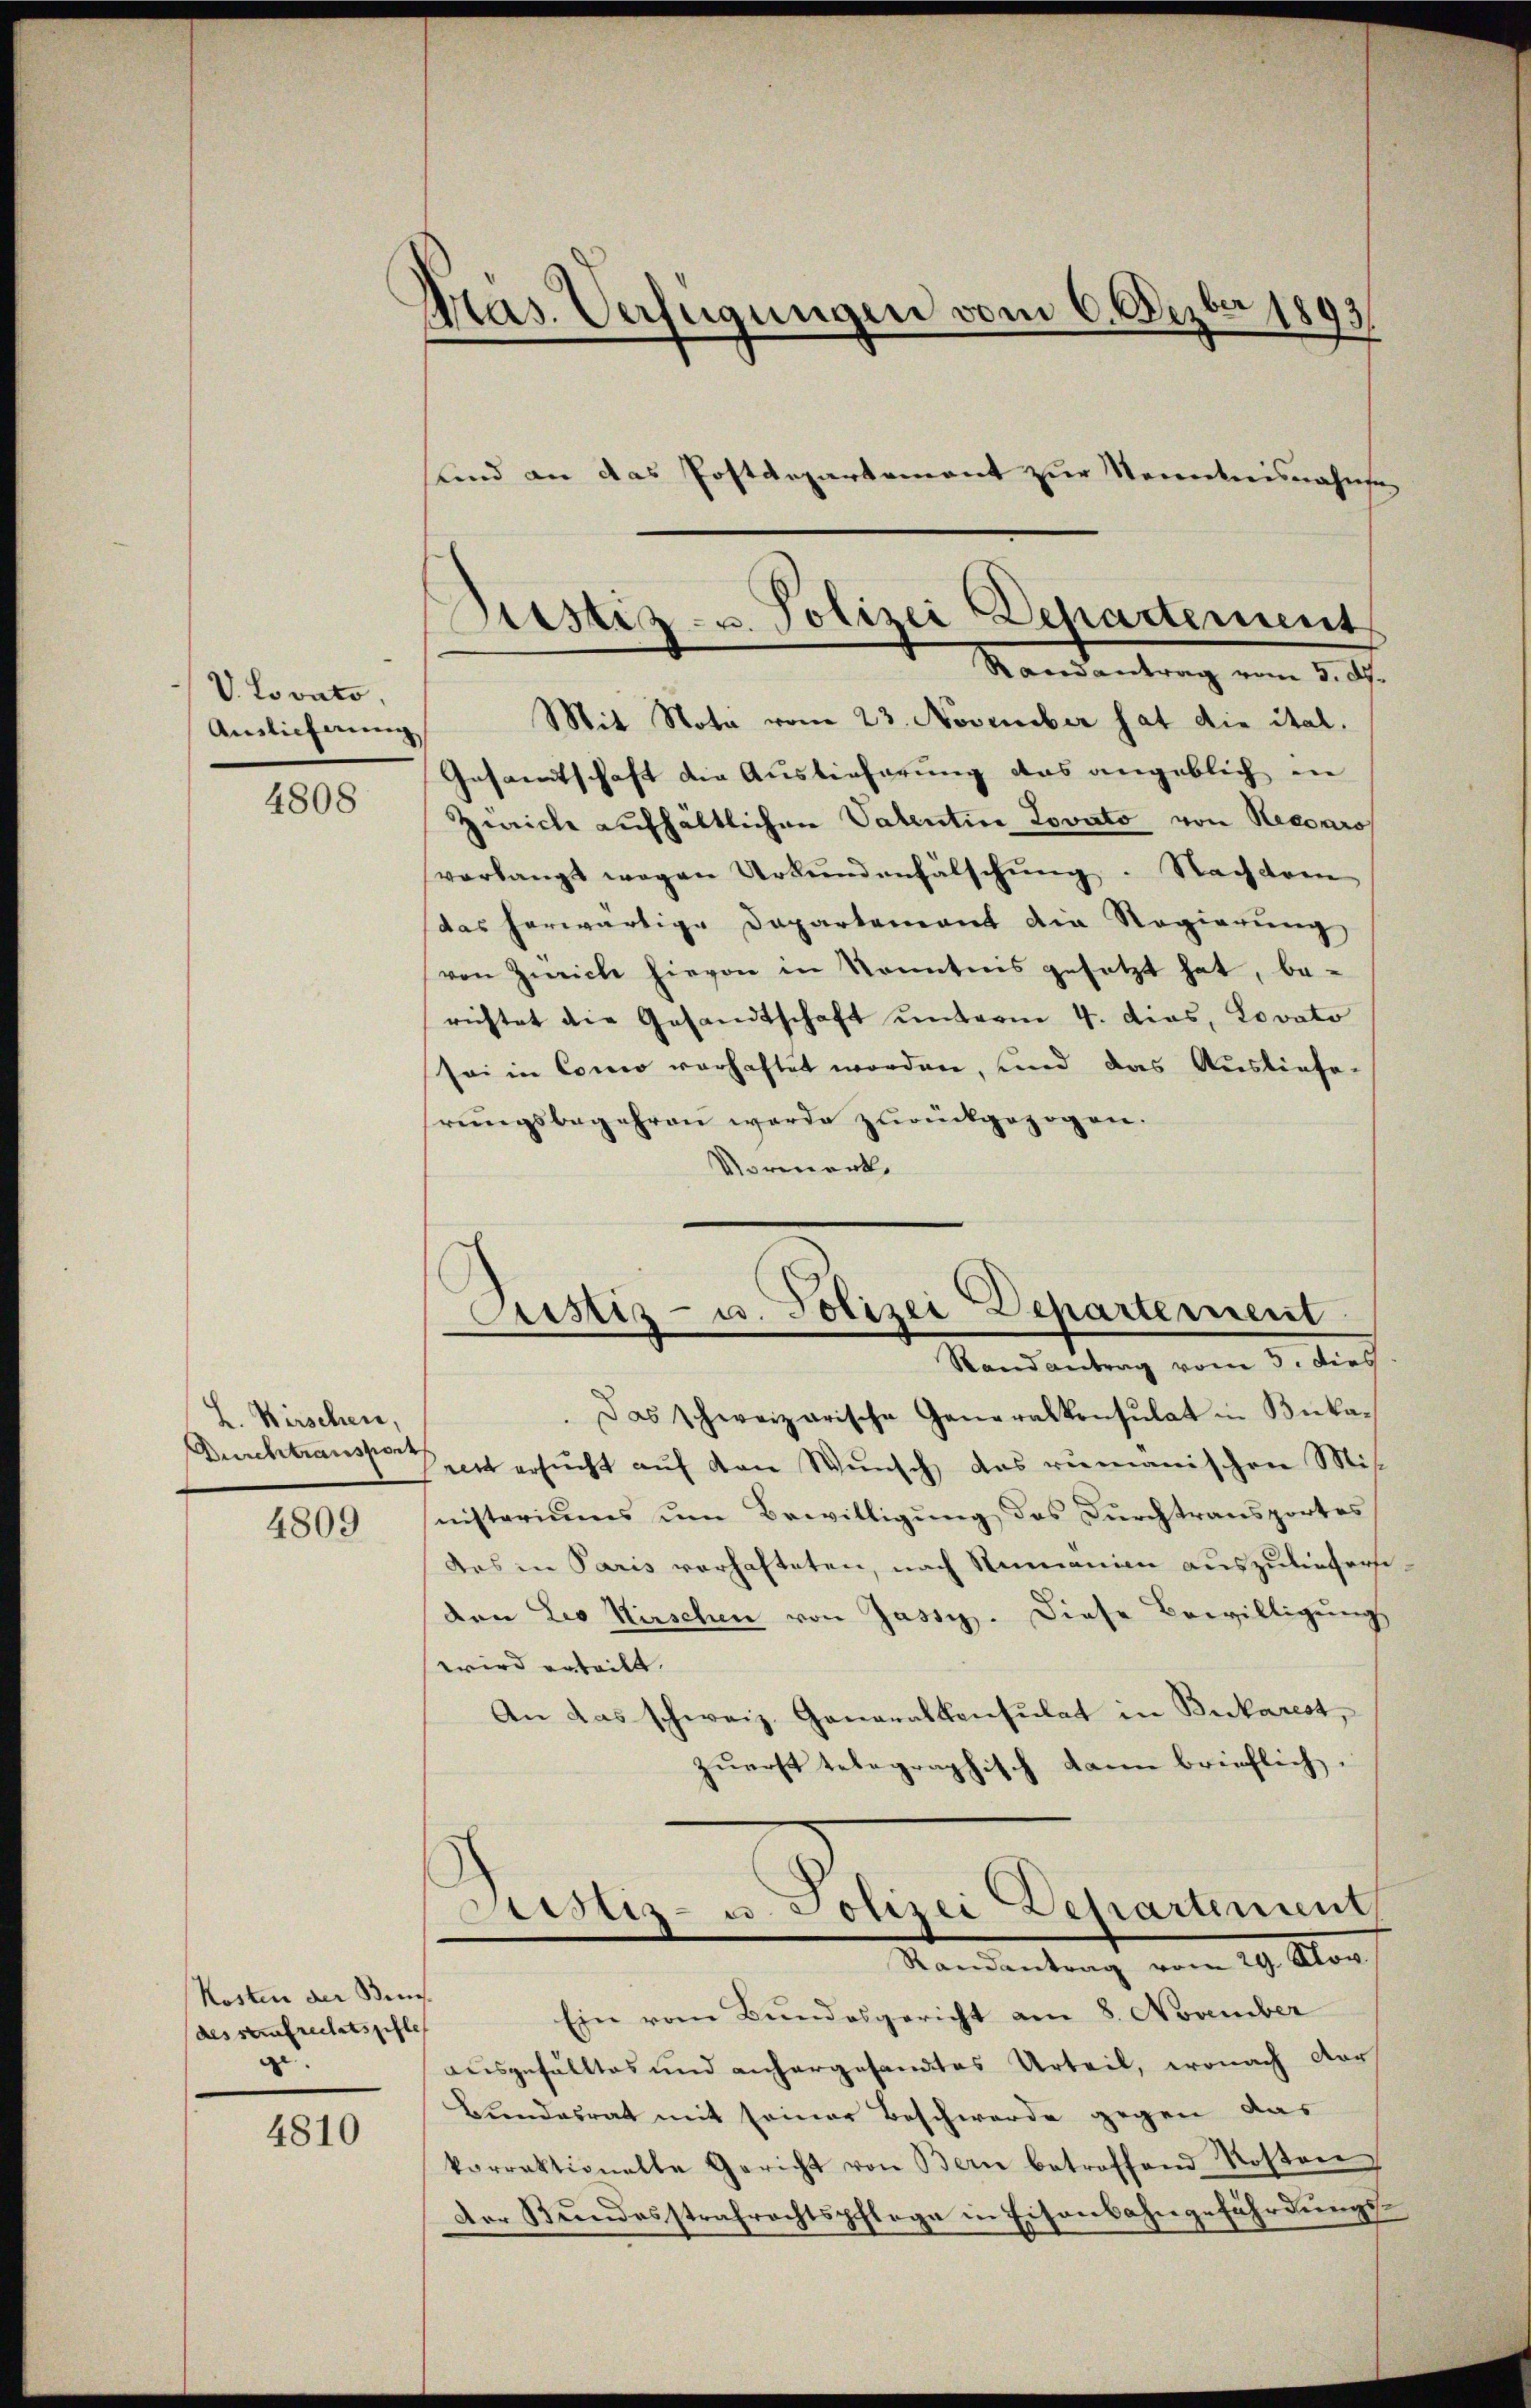
V. Loonto.
Auslieferung

4808

L. Wirschen,

4809

Kosten der Bes
desstrafrechtspfle
z

4810

Pas. Verfügungen vom 6. Dezbr 1893.
und an das Postdepartement zur Nominisnahme

Gesamtschaft die Auslieferung das angeblich in
Zürich aufhältlichen Vatentin Lovato von Necoaros
verlangt wegen Urkundenfälschung. Nachdem
das herwärtige Departement die Regierung
von Zürich hievon in Kenntnis gesetzt hat, berichtet die Gesandtschaft unterm 4. dies, Lovato
sei in Como verhaftet worden, und das Ausliefe-
hrŭngsbegehren werde zurückgezogen.
Vormerk
Das schweizerische Generalkonsulat in Buka¬
Durchtransten mit ersucht auf den Wunsch, das rumanischen Mis
nisteriums um Bewilligung des Durchtransportes
des in Paris verhafteten, nach Rumanien auszuliefere
den Leo Kirschen von Jassy. Diese Bewilligŭng
wird erteilt.
An das schweiz. Generalkonsulat in Bukarest,
zuerst telegraphisch kann brieflich.
Sistiz- u. Polizei Departement
Mandantung vom 19. Mar
Ein vom Bundesgericht am 8. November
ausgefälltes und anhergesandtes Urteil, wonach der
Bundesrat mit seiner Beschwerde gegen das
korrektionelle Gericht von Bern betroffend Kosten
Der Bundesstrafrechtspflege in Eisenbahngefährdungs¬

Ditstiz- u. Polizei Departement
Randantrag vom 5. d.
Mit Nota vom 23. November hat die ital.

Astiz- u. Polizei Departement
Randantrag vom 5. dies